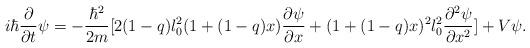
LaTeX: \begin{align*}i\hbar\frac{\partial}{\partial t}\psi=-\frac{\hbar^{2}}{2m}[2(1-q)l_{0}^{2}(1+(1-q)x)\frac{\partial\psi}{\partial x}+(1+(1-q)x)^{2}l_{0}^{2}\frac{\partial^{2}\psi}{\partial x^{2}}]+V\psi.\end{align*}